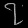
Digit: ၇